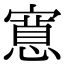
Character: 𭔗